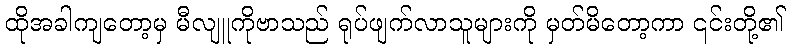
ထိုအခါကျတော့မှ မီလျူကိုဗာသည် ရုပ်ဖျက်လာသူများကို မှတ်မိတော့ကာ ၎င်းတို့၏